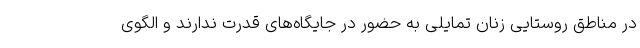
در مناطق روستایی زنان تمایلی به حضور در جایگاه‌های قدرت ندارند و الگوی